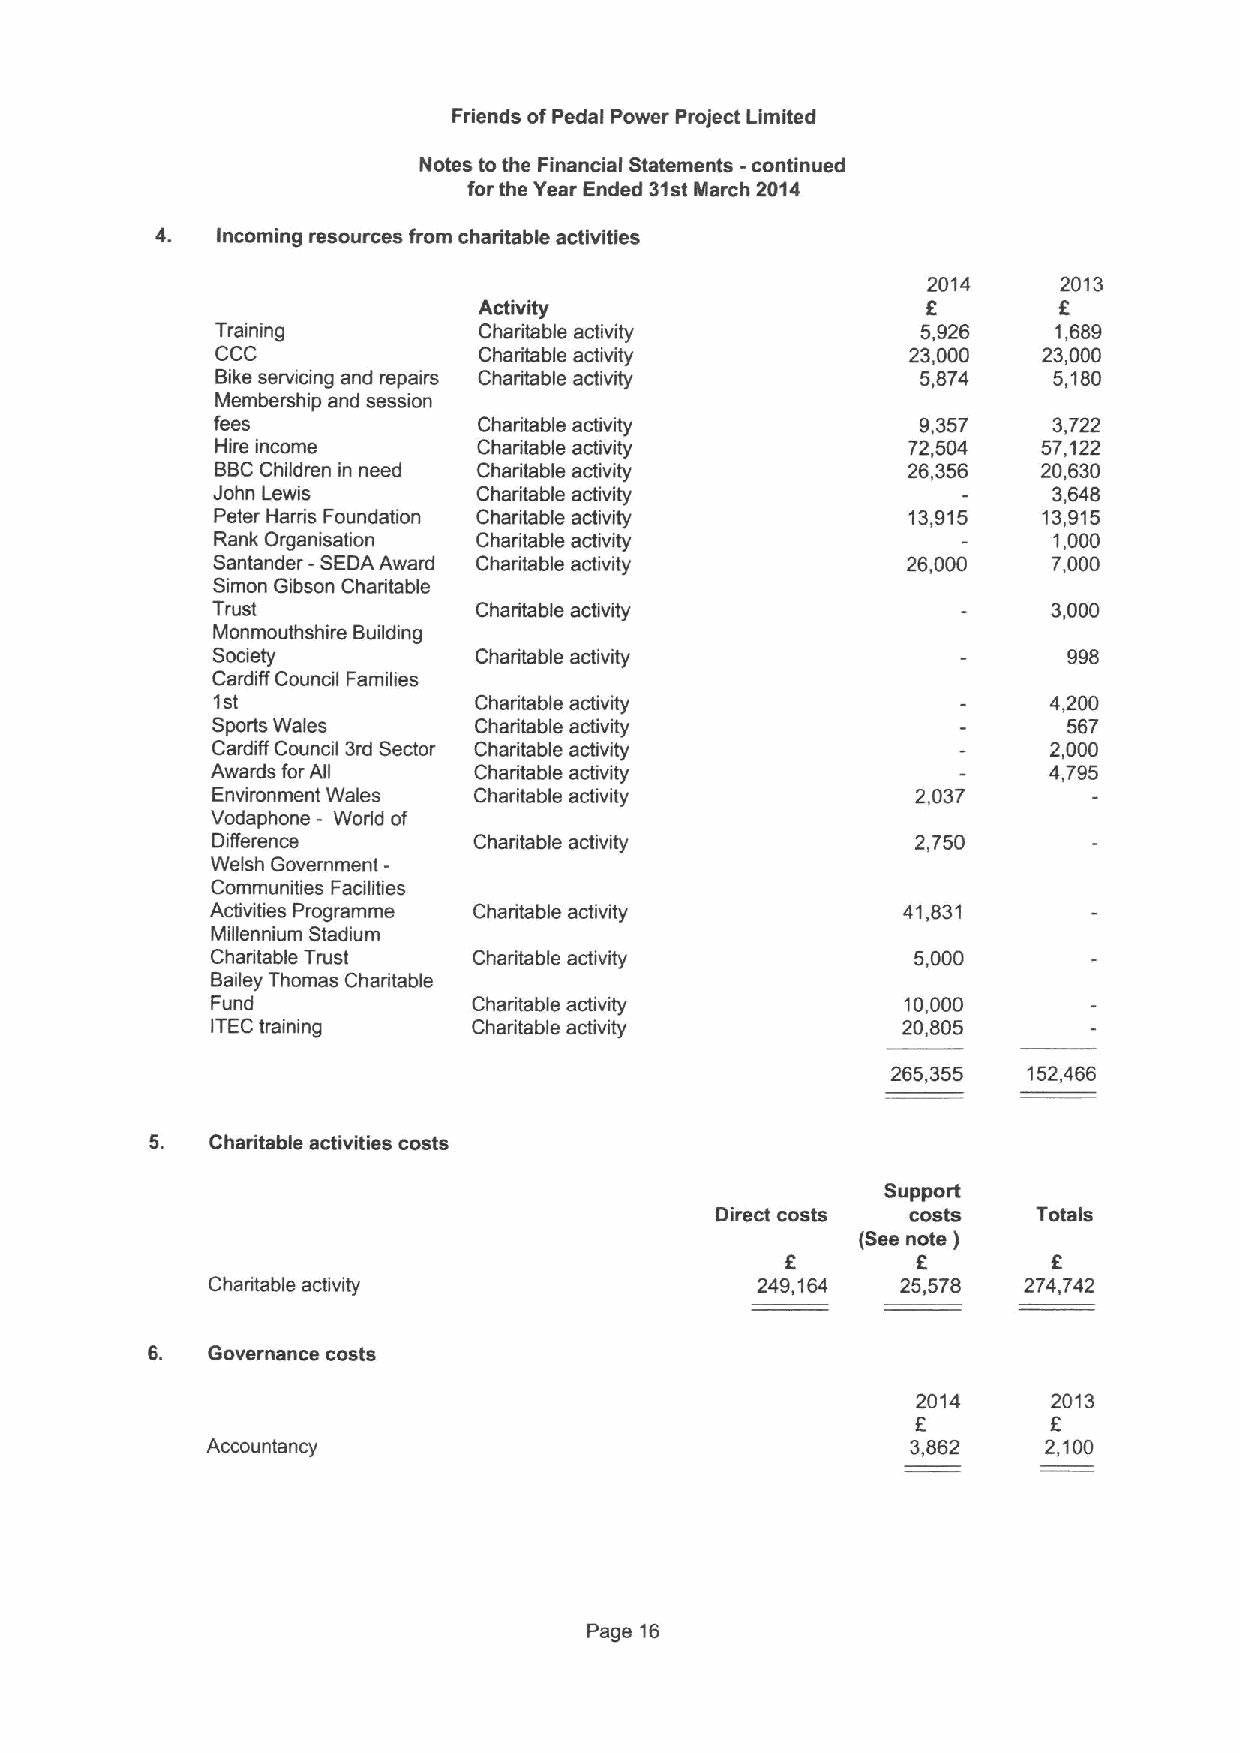
Friends ofPedal Power Project Limited
 Notes to the Financial Statements -continued
 for the Year Ended 31stMarch 2014
 4.  Incoming resources from charitable activities
 2014     2013
 Activity                     E        K
 Training          Charitable activity          5,926    1,689
 CCC               Charitable activity         23,000   23,000
 Bike servicing and repairs Charitable activity 5,874    5,180
 Membership and session
 fees              Charitable activity          9,357    3,722
 Hire income       Charitable activity         72,504   57,122
 BBCChildren in need Charitable activity       26,356   20,630
 John Lewis        Charitable activity                   3,648
 Peter Harris Foundation Charitable activity   13,915   13,915
 Rank Organisation Charitable activity                   1,000
 Santander -SEDAAward Charitable activity      26,000    7,000
 Simon Gibson Charitable
 Trust            Charitable activity                    3,000
 Monmouthshire Building
 Society          Charitable activity                     998
 Cardiff Council Families
 1st              Charitable activity                    4,200
 Sports Wales     Charitable activity                     567
 Cardiff Council 3rd Sector Charitable activity          2,000
 Awards for All   Charitable activity                   4,795
 Environment Wales Charitable activity          2,037
 Vodaphone - World of
 Difference       Charitable activity           2,750
 Welsh Govemment-
 Communities Facilities
 Activities Programme Charitable activity      41,831
 Millennium Stadium
 Charitable Trust Charitable activity           5,000
 Bailey Thomas Charitable
 Fund             Charitable activity          10,000
 TEDtraining      Charitable activity          20,805
 I
 265,355  152,466
 5.  Charitable activities costs
 Support
 Direct costs costs    Totals
 (Seenote )
 f
 6        E
 Charitable activity                 249,164   25,578  274,742
 6.  Governance costs
 2014     2013
 f
 F
 Accountancy                                   3,862    2,100
 Page 16